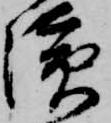
浜